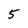
Character: 5